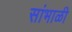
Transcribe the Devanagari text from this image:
सांभाळी